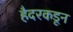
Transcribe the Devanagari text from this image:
हैदरकडून